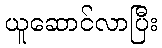
ယူဆောင်လာပြီး